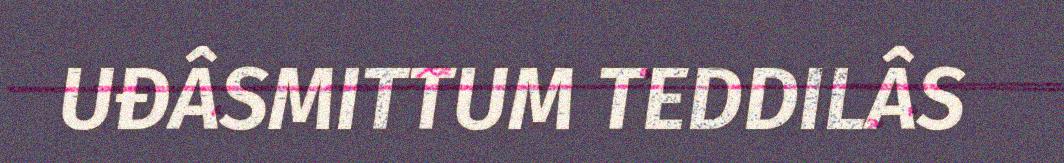
UĐÂSMITTUM TEDDILÂS